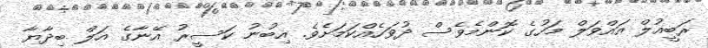
ރަބީއުލް އައްވަލް މަހުގެ ކޮންމެވެސް ދުވަހެއްކަމަށެވެ. އިބުނު ކަސީރު އޭނާގެ އަލް ބިދާޔާ